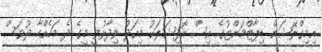
އިމިގްރޭޝަން ޑިޕާޓްމަންޓުގެ އިސް އޮފިޝަލަކު މިއަދު ވިދާޅުވީ މީގެ ދެ މަހެއްހާ ދުވަސް